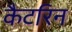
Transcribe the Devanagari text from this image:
कैटरिन